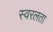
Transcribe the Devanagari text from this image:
स्वरलता